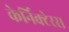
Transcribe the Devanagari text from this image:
केर्निक्टेरस